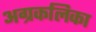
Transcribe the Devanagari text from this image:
अग्रकलिका